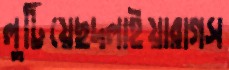
লুটিয়েছদলাইয়ারাগস